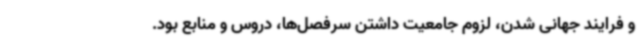
و فرایند جهانی شدن، لزوم جامعیت داشتن سرفصل‌ها، دروس و منابع بود.